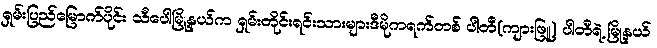
ရှမ်းပြည်မြောက်ပိုင်း သီပေါမြို့နယ်က ရှမ်းတိုင်းရင်းသားများဒီမိုကရက်တစ် ပါတီ(ကျားဖြူ) ပါတီရဲ့ မြို့နယ်